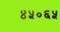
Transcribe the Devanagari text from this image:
४५०६५